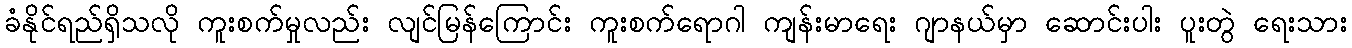
ခံနိုင်ရည်ရှိသလို ကူးစက်မှုလည်း လျင်မြန်ကြောင်း ကူးစက်ရောဂါ ကျန်းမာရေး ဂျာနယ်မှာ ဆောင်းပါး ပူးတွဲ ရေးသား